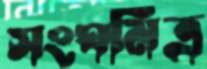
সংঘমিত্র